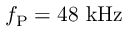
f _ { \mathrm { P } } = 4 8 ~ \mathrm { k H z }